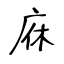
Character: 庥